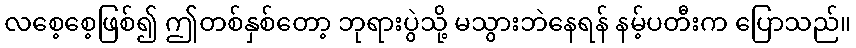
လစေ့စေ့ဖြစ်၍ ဤတစ်နှစ်တော့ ဘုရားပွဲသို့ မသွားဘဲနေရန် နမ့်ပတီးက ပြောသည်။